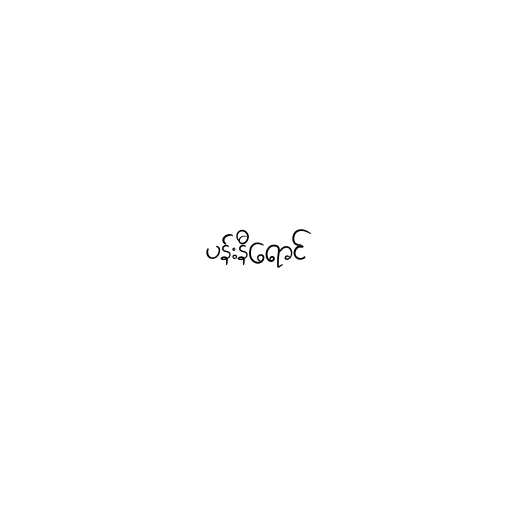
ပန်းနီရောင်